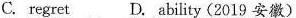
C.regret D. Ability (2019 安徽)